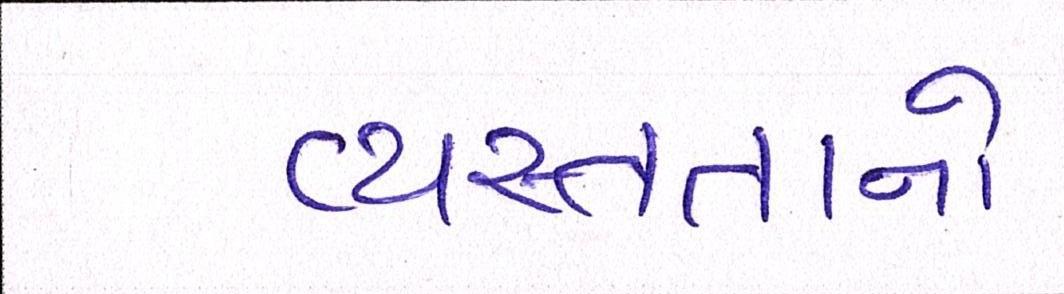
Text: વ્યસ્તતાનો